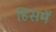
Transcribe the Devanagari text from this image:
हिसमें